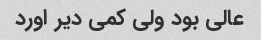
عالی بود ولی کمی دیر اورد